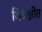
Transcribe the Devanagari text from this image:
विवक्षीत